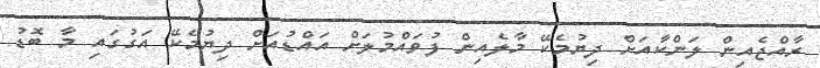
ރާއްޖެއިން ލަންކާއަށް ދިޔުމެކޭ މާލެއިން ފުވައްމުލަށް އައްޑުއަށް ދިޔުމެކޭ އަގުގައި މާ ބޮޑު